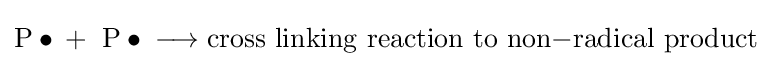
{\mathrm {P} \bullet {}+{}\ \mathrm {P} \bullet {}\mathrel {\longrightarrow } {}\mathrm {cross} \ \mathrm {linking} \ \mathrm {reaction} \ \mathrm {to} \ \mathrm {non} {-}\mathrm {radical} \ \mathrm {product} }